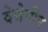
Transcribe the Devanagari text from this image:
वेथेनीन